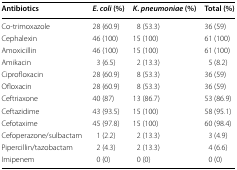
| Antibiotics | E. coli (%) | K. pneumoniae (%) | Total (%) |
 | --- | --- | --- | --- |
 | Co-trimoxazole | 28 (60.9) | 8 (53.3) | 36 (59) |
 | Cephalexin | 46 (100) | 15 (100) | 61 (100) |
 | Amoxicillin | 46 (100) | 15 (100) | 61 (100) |
 | Amikacin | 3 (6.5) | 2 (13.3) | 5 (8.2) |
 | Ciprofloxacin | 28 (60.9) | 8 (53.3) | 36 (59) |
 | Ofloxacin | 28 (60.9) | 8 (53.3) | 36 (59) |
 | Ceftriaxone | 40 (87) | 13 (86.7) | 53 (86.9) |
 | Ceftazidime | 43 (93.5) | 15 (100) | 58 (95.1) |
 | Cefotaxime | 45 (97.8) | 15 (100) | 60 (98.4) |
 | Cefoperazone/sulbactam | 1 (2.2) | 2 (13.3) | 3 (4.9) |
 | Pipercillin/tazobactam | 2 (4.3) | 2 (13.3) | 4 (6.6) |
 | Imipenem | 0 (0) | 0 (0) | 0 (0) |